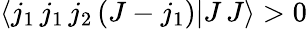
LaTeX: \langle j_{1}\, j_{1}\, j_{2}\, (J-j_{1})|J\, J\rangle>0